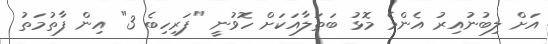
އަށް ލިބުނުއިރު އެންމެ މޮޅު ބަތަލާއަކަށް ހޮވުނީ "ފަރިހިބެ 3" އިން ފާތުމަތު